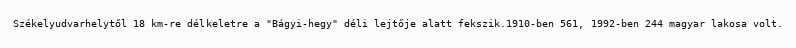
Székelyudvarhelytől 18 km-re délkeletre a "Bágyi-hegy" déli lejtője alatt fekszik.1910-ben 561, 1992-ben 244 magyar lakosa volt.